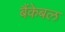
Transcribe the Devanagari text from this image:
बैंकेबल